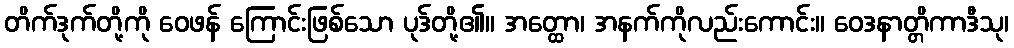
တိက်ဒုက်တို့ကို ဝေဖန် ကြောင်းဖြစ်သော ပုဒ်တို့၏။ အတ္ထော၊ အနက်ကိုလည်းကောင်း။ ဝေဒနာတ္တိကာဒီသု၊